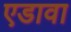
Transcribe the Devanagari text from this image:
एडावा